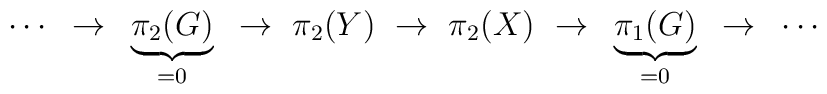
\cdots ~\to~  \underbrace{\pi_2(G)}_{=0} ~\to~   \pi_2(Y) ~\to~   \pi_2(X) ~\to~   \underbrace{\pi_1(G)}_{=0} ~\to~   \cdots